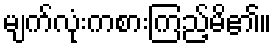
မျက်လုံးကစားကြည့်မိ၏။